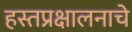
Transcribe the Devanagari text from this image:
हस्तप्रक्षालनाचे